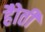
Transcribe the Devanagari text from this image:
हैोती